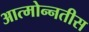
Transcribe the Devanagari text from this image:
आत्मोन्नतीस